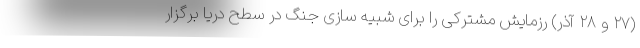
(۲۷ و ۲۸ آذر) رزمایش مشترکی را برای شبیه سازی جنگ در سطح دریا برگزار